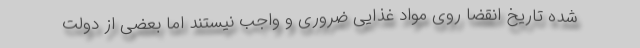
شده تاریخ انقضا روی مواد غذایی ضروری و واجب نیستند اما بعضی از دولت